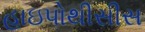
હાઇપોથીસીસ